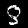
Digit: 8